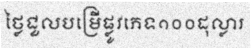
ថ្លៃជួលបម្រើផ្លូវភេទ១០០ដុល្លារ